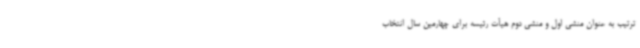
ترتیب به عنوان منشی اول و منشی دوم هیأت رئیسه برای چهارمین سال انتخاب